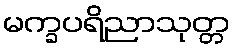
မက္ခပရိညာသုတ္တ